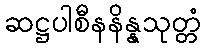
ဆဋ္ဌပါစီနနိန္နသုတ္တံ